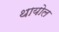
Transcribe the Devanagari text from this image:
थायोल